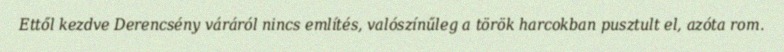
Ettől kezdve Derencsény váráról nincs említés, valószínűleg a török harcokban pusztult el, azóta rom.